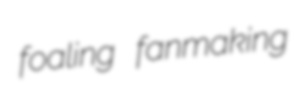
foaling fanmaking